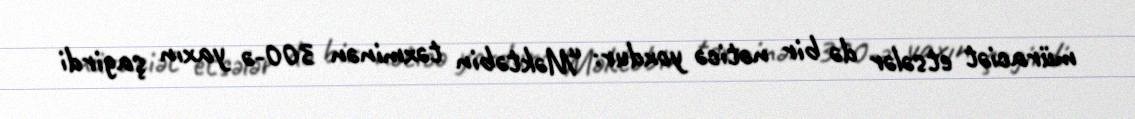
müraciət etsələr də bir nəticə yoxdur: “Məktəbin təxminən 300-ə yaxın şagirdi